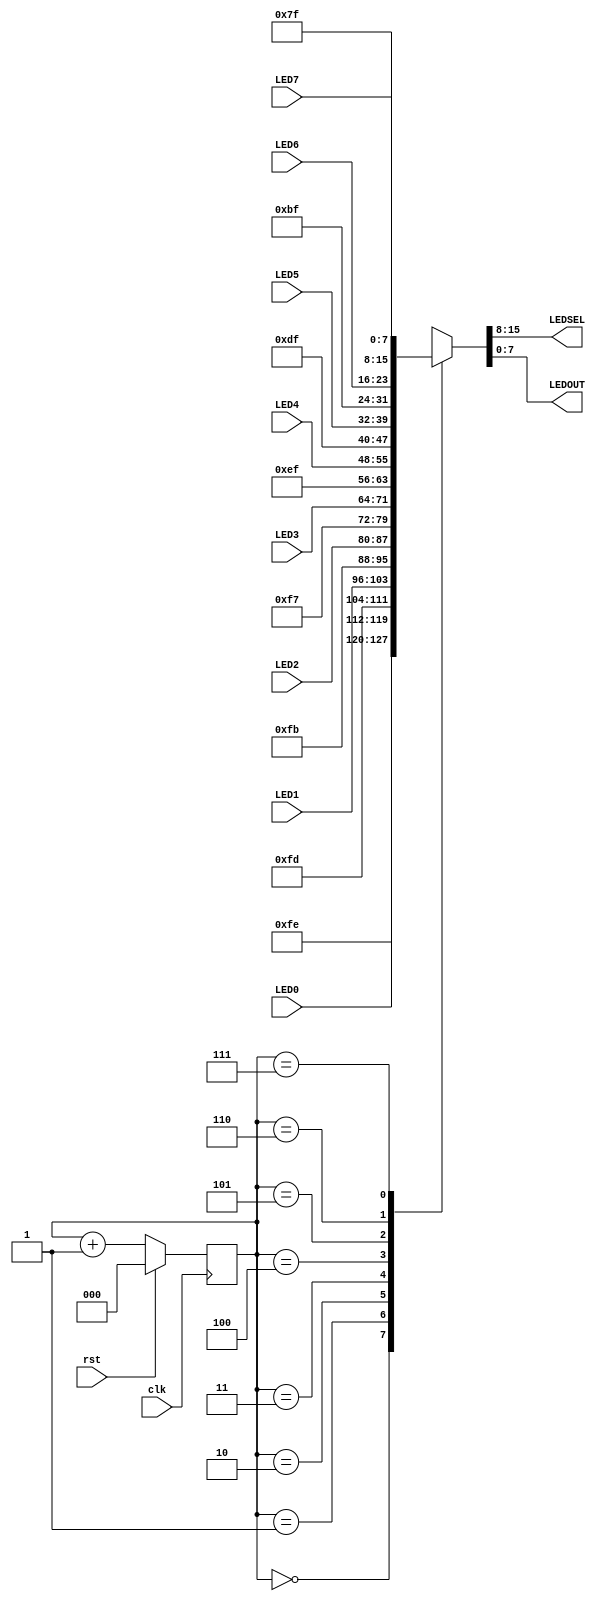
module led_mux (
        input  wire       clk,
        input  wire       rst,
        input  wire [7:0] LED7,
        input  wire [7:0] LED6,
        input  wire [7:0] LED5,
        input  wire [7:0] LED4,
        input  wire [7:0] LED3,
        input  wire [7:0] LED2,
        input  wire [7:0] LED1,
        input  wire [7:0] LED0,
        output wire [7:0] LEDSEL,
        output wire [7:0] LEDOUT
    );

    reg [2:0] index;
    reg [15:0] led_ctrl;

    assign {LEDSEL, LEDOUT} = led_ctrl;
    
    always @ (posedge clk) index <= (rst) ? 3'b0 : (index + 3'd1);
    
    always @ (index, LED0, LED1, LED2, LED3, LED4, LED5, LED6, LED7) begin
        case (index)
               3'd0: led_ctrl <= {8'b11111110, LED0};
               3'd1: led_ctrl <= {8'b11111101, LED1};
               3'd2: led_ctrl <= {8'b11111011, LED2};
               3'd3: led_ctrl <= {8'b11110111, LED3};
               3'd4: led_ctrl <= {8'b11101111, LED4};
               3'd5: led_ctrl <= {8'b11011111, LED5};
               3'd6: led_ctrl <= {8'b10111111, LED6};
               3'd7: led_ctrl <= {8'b01111111, LED7};
            default: led_ctrl <= {8'b11111111, 8'hFF};
        endcase
    end
    
endmodule